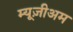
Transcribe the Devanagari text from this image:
म्यूज़ीअम